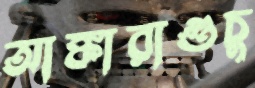
আঙ্কারাগুচু